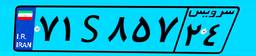
۷۱S۸۵۷۲۴